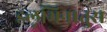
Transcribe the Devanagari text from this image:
इलूमिनातुस